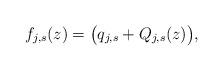
LaTeX: \begin{align*}f_{j,s}(z)=\bigl(q_{j,s}+Q_{j,s}(z)\bigr),\end{align*}